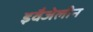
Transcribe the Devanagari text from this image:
इवैजेलीन